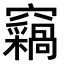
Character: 𫞺